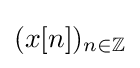
(x[n])_{n\in \mathbb {Z} }